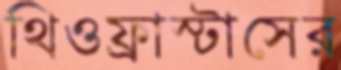
থিওফ্রাস্টাসের